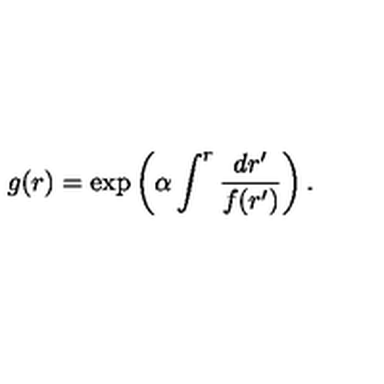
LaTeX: g ( r ) = \exp \left( \alpha \int ^ { r } { \frac { d r ^ { \prime } } { f ( r ^ { \prime } ) } } \right) .